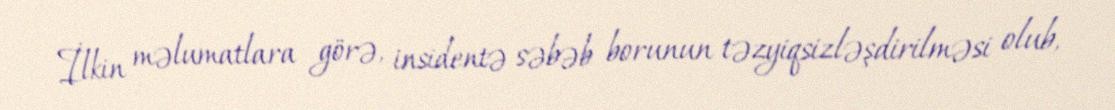
İlkin məlumatlara görə, insidentə səbəb borunun təzyiqsizləşdirilməsi olub,